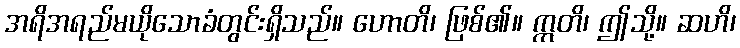
အရိအရည်မယိုသောခံတွင်းရှိသည်။ ဟောတိ၊ ဖြစ်၏။ ဣတိ၊ ဤသို့။ ဆဟိ၊